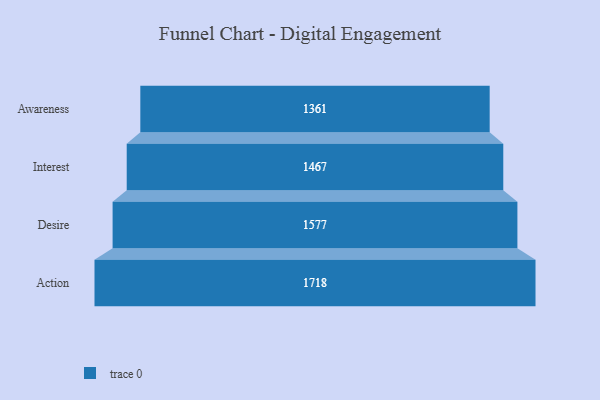
{"axis": {"x": "Stage", "y": "Value"}, "legend": [""], "data": [{"x": "Awareness", "y": 1361.0, "type": ""}, {"x": "Interest", "y": 1467.0, "type": ""}, {"x": "Desire", "y": 1577.0, "type": ""}, {"x": "Action", "y": 1718.0, "type": ""}]}